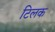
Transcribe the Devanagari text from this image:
टिलक